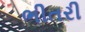
ભીતરી